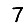
Digit: 7